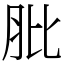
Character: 肶